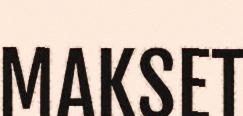
MAKSET